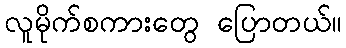
လူမိုက်စကားတွေ ပြောတယ်။